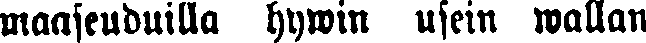
maaseuduilla hywin usein wallan